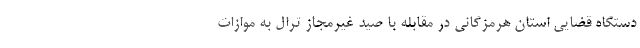
دستگاه قضایی استان هرمزگانی در مقابله با صید غیرمجاز ترال به موازات